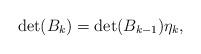
LaTeX: \begin{align*}\det(B_k)=\det(B_{k-1})\eta_k,\end{align*}